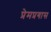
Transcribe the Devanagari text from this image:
प्रेमप्रगास